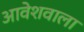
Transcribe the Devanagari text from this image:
आवेशवाला